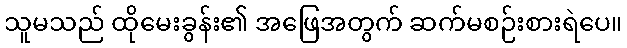
သူမသည် ထိုမေးခွန်း၏ အဖြေအတွက် ဆက်မစဉ်းစားရဲပေ။